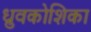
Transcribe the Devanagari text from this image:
ध्रुवकोशिका